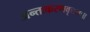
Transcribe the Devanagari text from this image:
अन्तःकरणवृत्तयः॥